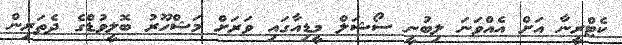
ކެޓްރީނާ އަށް އެއްވަނަ ލިބުނީ ސޯޝަލް މީޑިއާގައި ވަރަށް މަޝްހޫރު ބޮލީވުޑްގެ ދެތަރިން